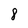
Character: 8